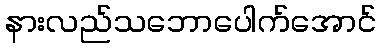
နားလည်သဘောပေါက်အောင်